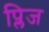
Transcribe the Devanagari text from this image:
प्लिज